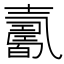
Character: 𡕋